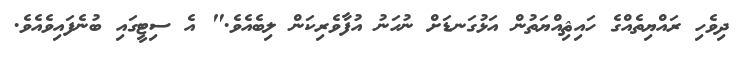
ދިވެހި ރައްޔިތެއްގެ ހައިޘިއްޔަތުން އަޅުގަނޑަށް ނުހަނު އުފާވެރިކަން ލިބެއެވެ." އެ ސިޓީގައި ބުނެފައިވެއެވެ.